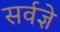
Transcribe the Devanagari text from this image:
सर्वज्ञे